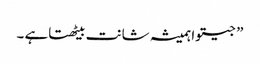
” جیتوا ہمیشہ شانت بیٹھتاہے ۔